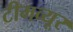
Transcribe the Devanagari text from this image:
टीमव्यूर